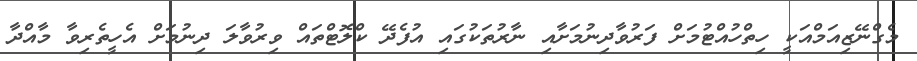
މެގްނޭޒިއަމްއަކީ ހިތްހުއްޓުމަށް ފަރުވާދިނުމަށާއި ނާރުތަކުގައި އުފެދޭ ކްލޮޓްތައް ވިރުވާލަ ދިނުމަށް އެހީތެރިވާ މާއްދާ